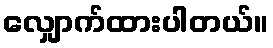
လျှောက်ထားပါတယ်။